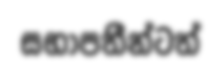
සභාපතීන්ටත්